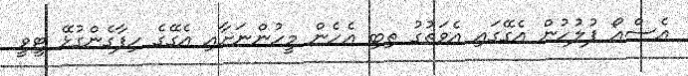
އެސްއޯ ފުލުހުން އެގޭގައި އެވަތުގު ތިބި އެހެން މީހުންނަށާއި އެގޭގެ ހިފާގެންގުޅޭ ޓީވީ